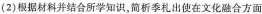
(2)根据材料并结合所学知识，简析季札出使在文化融合方面